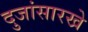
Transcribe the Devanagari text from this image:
दुजांसारखे